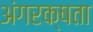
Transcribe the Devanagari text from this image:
अंगरक्षता